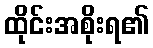
ထိုင်းအစိုးရ၏